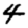
Digit: 4